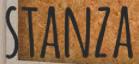
STANZA